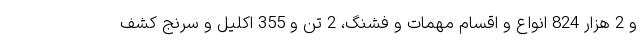
و 2 هزار 824 انواع و اقسام مهمات و فشنگ، 2 تن و 355 اکلیل و سرنج کشف